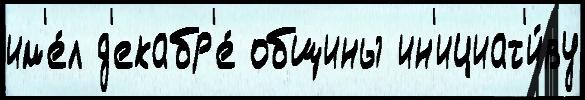
им'е́л д'екабр'е́ общины ин'ициат'и́ву